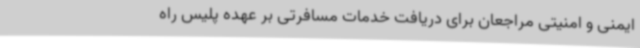
ایمنی و امنیتی مراجعان برای دریافت خدمات مسافرتی بر عهده پلیس راه